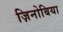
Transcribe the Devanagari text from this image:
ज़िनोबिया